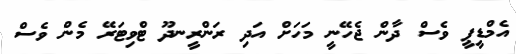
އެމްޑީޕީ ވެސް ދާން ޖެހޭނީ މަހަށް އަދި ރަންރީނދޫ ޓްވިޓަރޭ މެން ވެސް